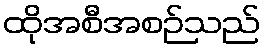
ထိုအစီအစဉ်သည်